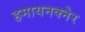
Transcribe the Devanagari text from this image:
हमायनक्नेर